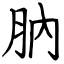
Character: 肭